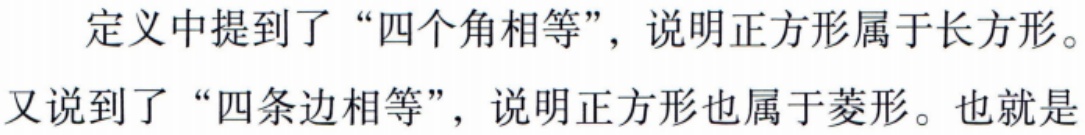
定义中提到了“四个角相等”，说明正方形属于长方形。

又说到了“四条边相等”，说明正方形也属于菱形。也就是